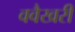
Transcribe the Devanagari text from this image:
ववैखरी